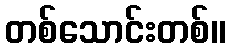
တစ်သောင်းတစ်။